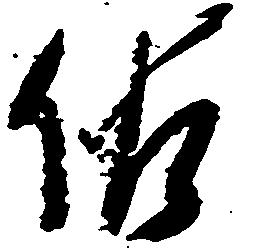
佐